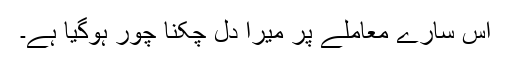
اس سارے معاملے پر میرا دل چکنا چور ہوگیا ہے۔